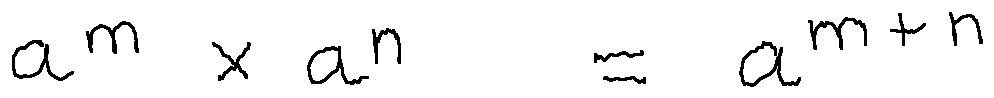
a ^ { m } \times a ^ { n } = a ^ { m + n }